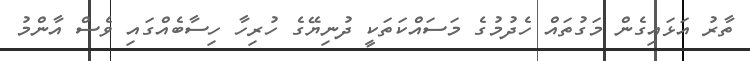
ތާރު އަޅައިގެން މަގުތައް ހެދުމުގެ މަސައްކަތަކީ ދުނިޔޭގެ ހުރިހާ ހިސާބެއްގައި ވެސް އާންމު